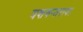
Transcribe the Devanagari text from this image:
यशवन्तराव।